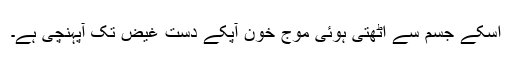
اسکے جسم سے اُٹھتی ہوئی موجِ خون آپکے دستِ غیض تک آپہنچی ہے۔